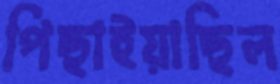
পিছাইয়াছিল